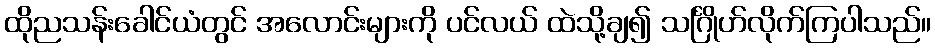
ထိုညသန်းခေါင်ယံတွင် အလောင်းများကို ပင်လယ် ထဲသို့ချ၍ သင်္ဂြိုဟ်လိုက်ကြပါသည်။